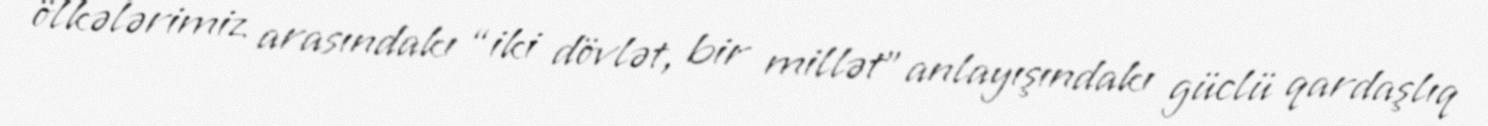
ölkələrimiz arasındakı “iki dövlət, bir millət” anlayışındakı güclü qardaşlıq